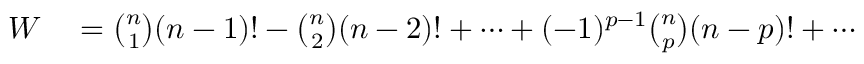
\begin{array} { r l } { W } & { { } = { \binom { n } { 1 } } ( n - 1 ) ! - { \binom { n } { 2 } } ( n - 2 ) ! + \cdots + ( - 1 ) ^ { p - 1 } { \binom { n } { p } } ( n - p ) ! + \cdots } \end{array}